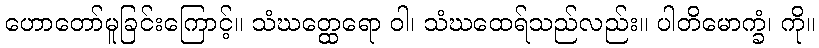
ဟောတော်မူခြင်းကြောင့်။ သံဃတ္ထေရော ဝါ၊ သံဃထေရ်သည်လည်း။ ပါတိမောက္ခံ၊ ကို။